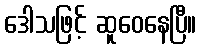
ဒေါသဖြင့် ဆူဝေနေပြီ။